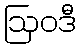
ဩဝဒီ